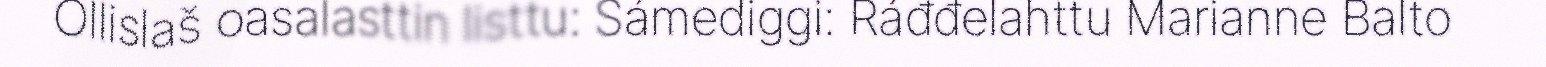
Ollislaš oasalasttin listtu: Sámediggi: Ráđđelahttu Marianne Balto